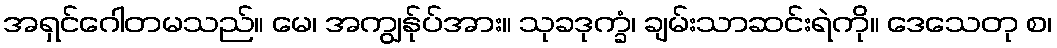
အရှင်ဂေါတမသည်။ မေ၊ အကျွန်ုပ်အား။ သုခဒုက္ခံ၊ ချမ်းသာဆင်းရဲကို။ ဒေသေတု စ၊